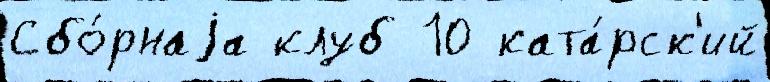
Сбо́рнаjа клуб 10 ката́рск'ий